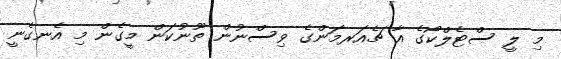
މި ލީ ސްޓެލްކޯގެ އާ ޗެއަރމަންގެ ވިސްނުން ތޫނުކަން މީގެން މި އެނގެނީ